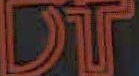
DT